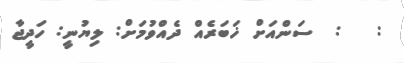
:   :  ސަންއަށް ޚަބަރެއް ދެއްވުމަށް: ލިޔުނީ: ހަދީޖާ